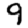
Digit: 9